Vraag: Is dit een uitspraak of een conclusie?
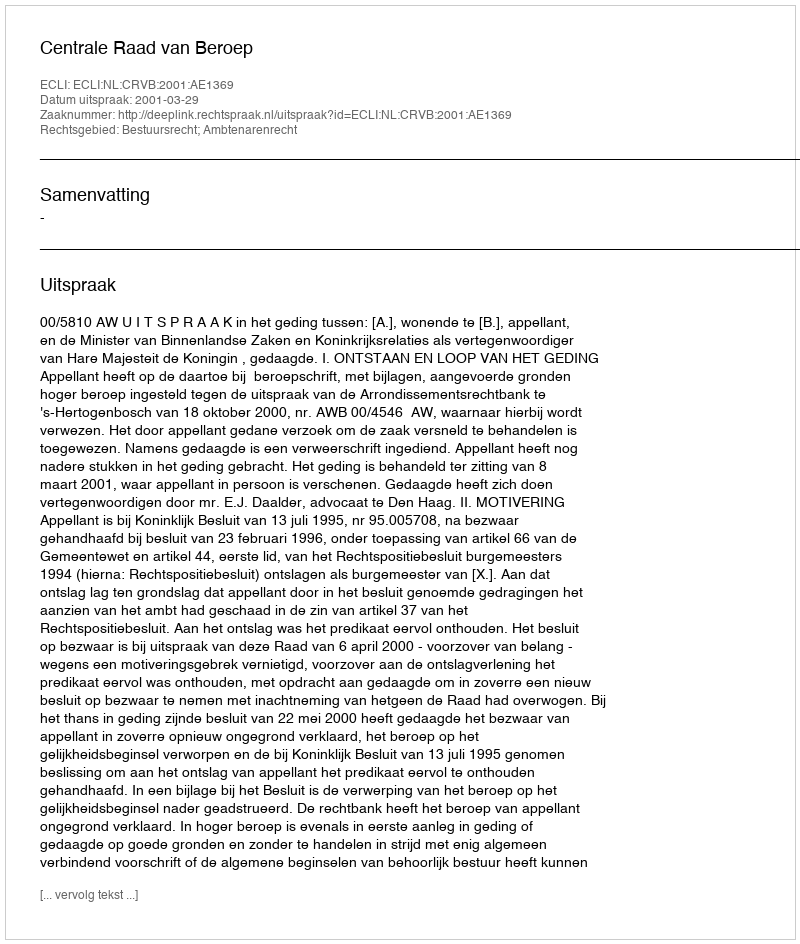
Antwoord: Uitspraak